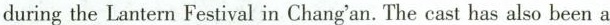
during the Lantern Festival in Chang'an. The cast has also been a